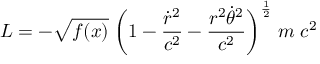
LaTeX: L = - \sqrt { f ( x ) } \; \biggl ( 1 - { \frac { \dot { r } ^ { 2 } } { c ^ { 2 } } } - { \frac { r ^ { 2 } \dot { \theta } ^ { 2 } } { c ^ { 2 } } } \biggr ) ^ { \frac { 1 } { 2 } } \; m \; c ^ { 2 }